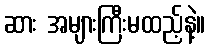
ဆား အများကြီးမထည့်နဲ့။